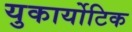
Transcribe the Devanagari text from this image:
युकार्योटिक